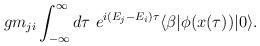
LaTeX: \begin{align*}g m_{ji} \int_{-\infty}^\infty d\tau\ e^{i(E_j-E_i) \tau} \langle \beta | \phi(x(\tau)) |0\rangle.\end{align*}